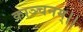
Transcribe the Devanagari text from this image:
काञ्चनम्।।